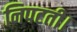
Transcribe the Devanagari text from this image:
निपटती।